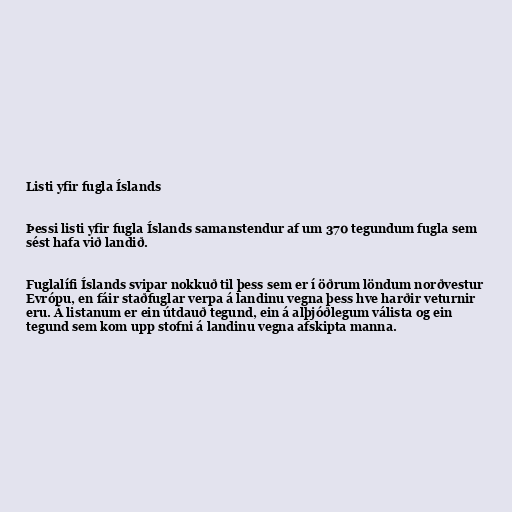
Listi yfir fugla Íslands

Þessi listi yfir fugla Íslands samanstendur af um 370 tegundum fugla sem
sést hafa við landið.

Fuglalífi Íslands svipar nokkuð til þess sem er í öðrum löndum norðvestur
Evrópu, en fáir staðfuglar verpa á landinu vegna þess hve harðir veturnir
eru. Á listanum er ein útdauð tegund, ein á alþjóðlegum válista og ein
tegund sem kom upp stofni á landinu vegna afskipta manna.